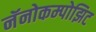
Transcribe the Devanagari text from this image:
नॅनोकम्पोझिट